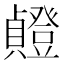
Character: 𫧸